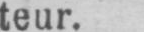
teur.